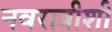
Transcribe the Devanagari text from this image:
नवरात्रीशी